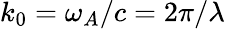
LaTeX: k_{0}=\omega_{A}/c=2\pi/\lambda